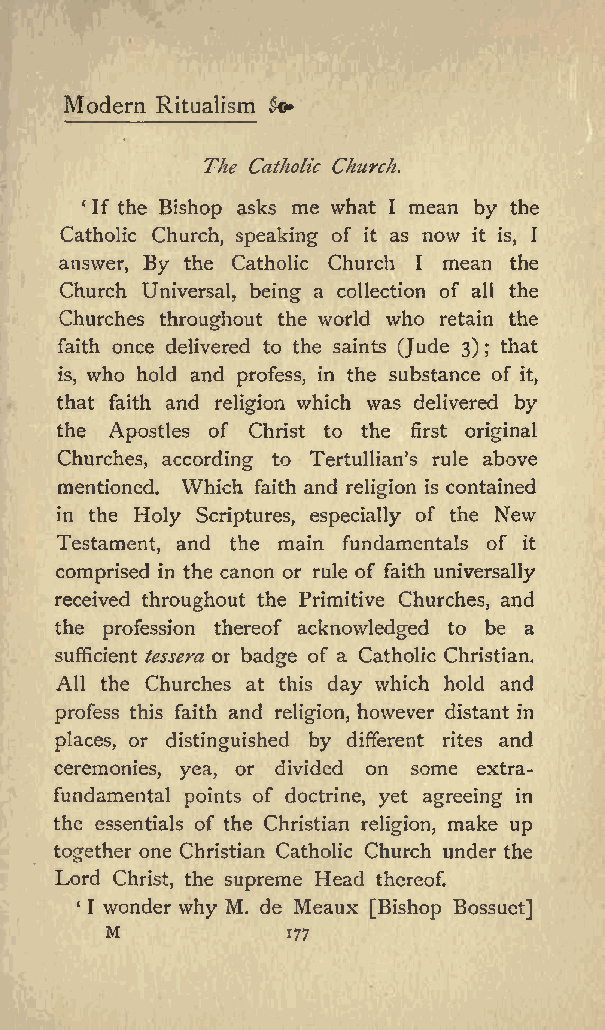
Modern Ritualism &*
 The Catholic Church.
 If the Bishop asks me what I mean by the
 Catholic Church, speaking of it as now it is, I
 answer, By the Catholic Church I mean the
 Church Universal, being a collection of all the
 Churches throughout the world who retain the
 faith once delivered to the saints (Jude 3) ; that
 is, who hold and profess, in the substance of it,
 that faith and religion which was delivered by
 the Apostles of Christ to the first original
 Churches, according to Tertullian s rule above
 mentioned. Which faith and religion is contained
 in the Holy Scriptures, especially of the New
 Testament, and the main fundamentals of it
 comprised in the canon or rule of faith universally
 received throughout the Primitive Churches, and
 the profession thereof acknowledged to be a
 sufficient tessera or badge of a Catholic Christian.
 All the Churches at this day which hold and
 profess this faith and religion, however distant in
 places, or distinguished by different rites and
 ceremonies, yea, or divided on some extra-
 fundamental points of doctrine, yet agreeing in
 the essentials of the Christian religion, make up
 together one Christian Catholic Church under the
 Lord Christ, the supreme Head thereof.
 I wonder why M. de Meaux [Bishop Bossuet]
 M
 177